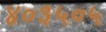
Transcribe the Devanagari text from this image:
४०३५०५